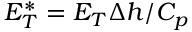
E _ { T } ^ { * } = E _ { T } \Delta h / C _ { p }